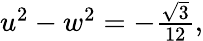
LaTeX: \begin{array}{r}{u^{2}-w^{2}=-\frac{\sqrt{3}}{12},}\end{array}